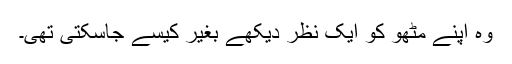
وہ اپنے مٹھو کو ایک نظر دیکھے بغیر کیسے جاسکتی تھی۔